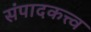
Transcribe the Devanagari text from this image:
संपादकत्त्व